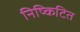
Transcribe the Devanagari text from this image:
निष्किटित